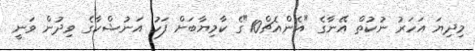
މިދިޔަ އަހަރު ނުކުތް އޭނާގެ "އެންއެޗް10"ގެ ކާމިޔާބަށް ފަހު އަނުޝްކާގެ ވިދުން ވަނީ